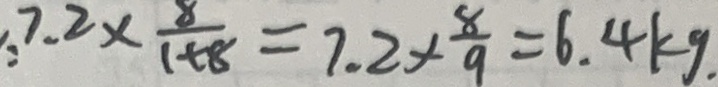
7 . 2 \times \frac { 8 } { 1 + 8 } = 7 . 2 \times \frac { 8 } { 9 } = 6 . 4 k g .